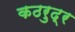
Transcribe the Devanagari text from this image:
कठरुद्र